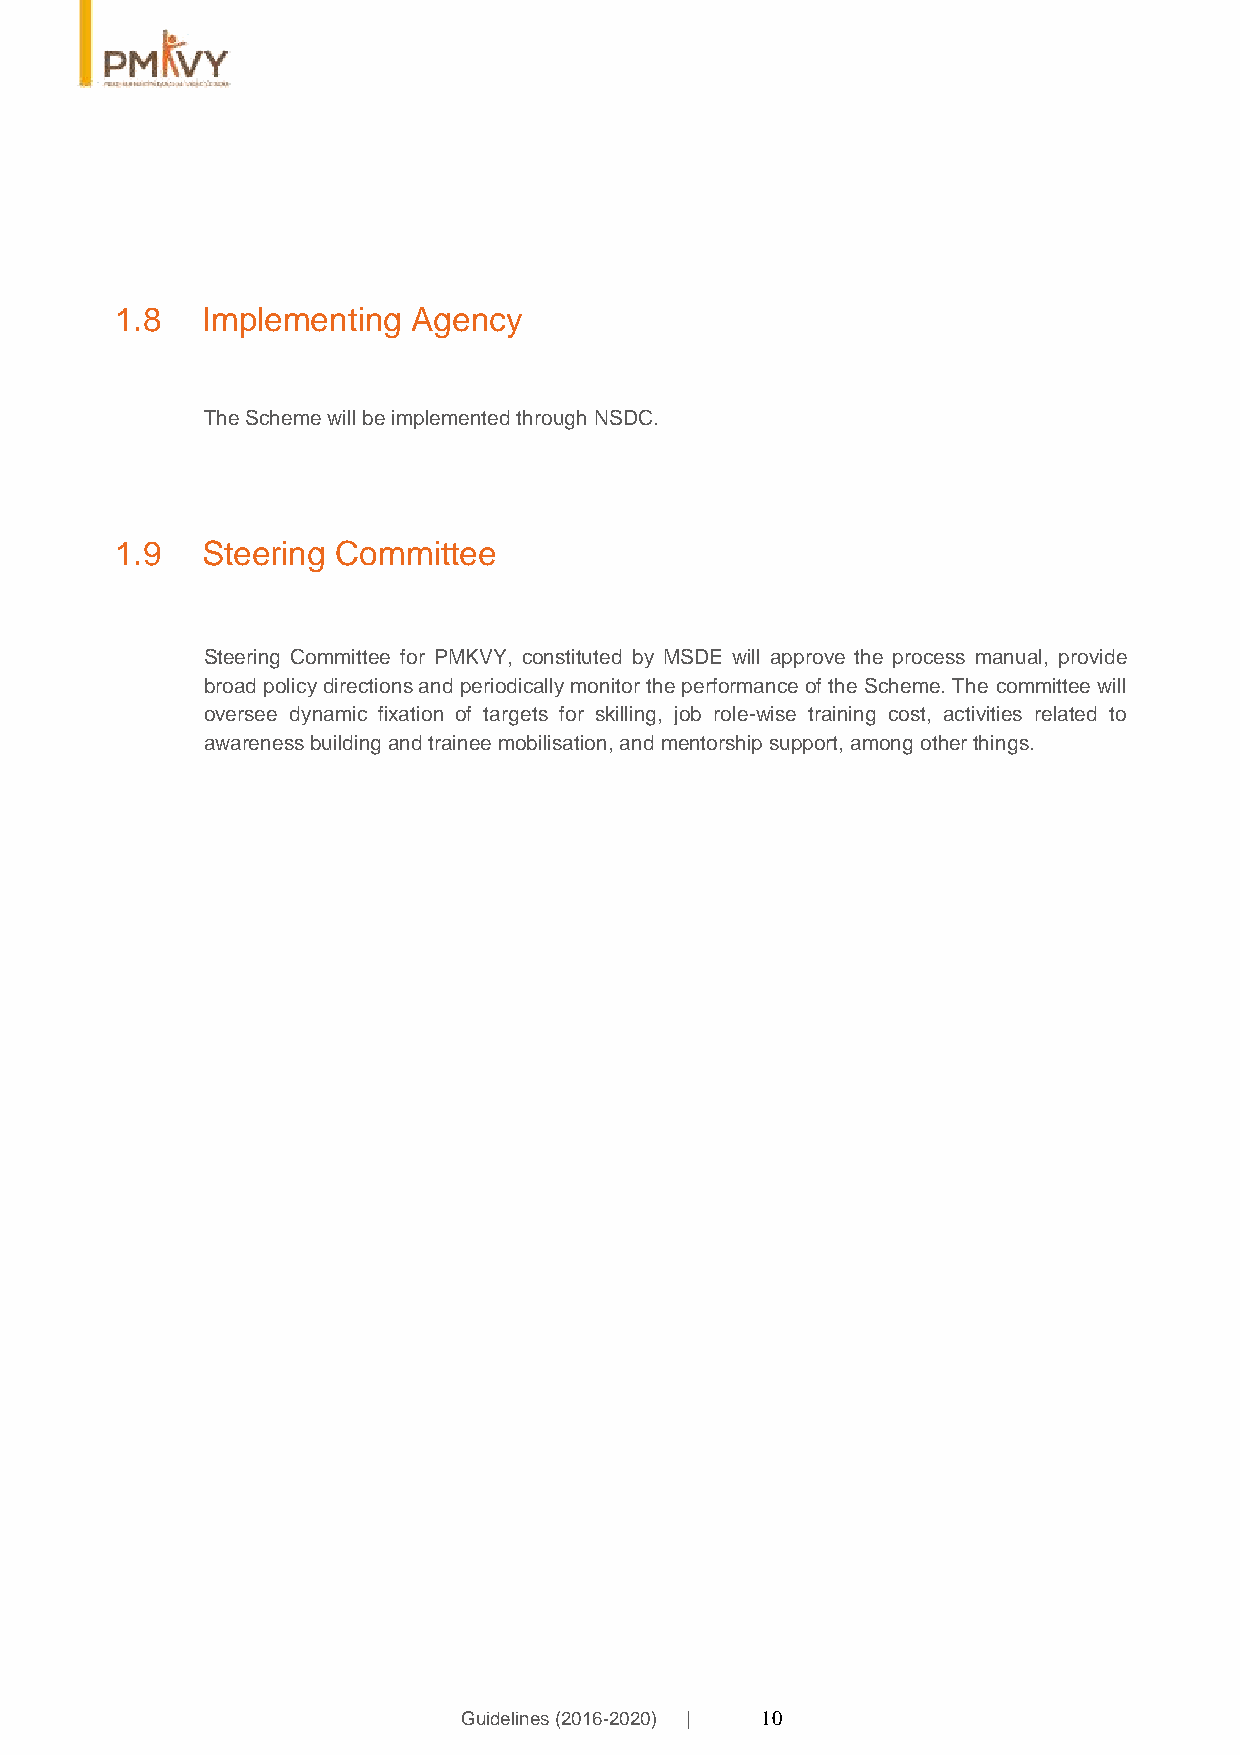
1.8  Implementing  Agency
 The Scheme will be implemented through NSDC.
 1.9  Steering Committee
 Steering Committee for PMKVY, constituted by MSDE will approve the process manual, provide
 broad policy directions and periodically monitor the performance of the Scheme. The committee will
 oversee dynamic fixation of targets for skilling, job role-wise training cost, activities related to
 awareness building and trainee mobilisation, and mentorship support, among other things.
 Guidelines (2016-2020) | 10